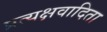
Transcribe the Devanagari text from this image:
प्रत्यक्षवादिता